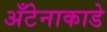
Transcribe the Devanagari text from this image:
अँटेनाकाडे